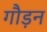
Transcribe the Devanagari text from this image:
गौड़न